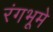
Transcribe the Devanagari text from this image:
रंगभूमे